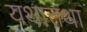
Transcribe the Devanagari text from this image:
यथातथा